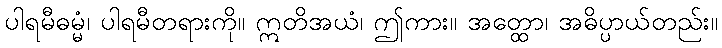
ပါရမီဓမ္မံ၊ ပါရမီတရားကို။ ဣတိအယံ၊ ဤကား။ အတ္ထော၊ အဓိပ္ပာယ်တည်း။